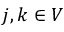
j , k \in V